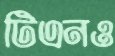
টিএনও